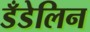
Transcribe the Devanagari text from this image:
डँडेलिन